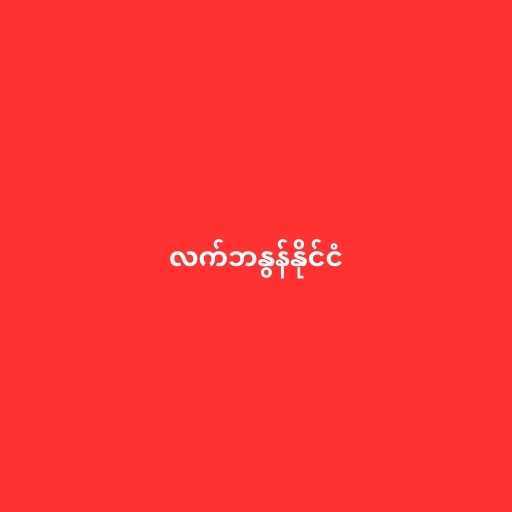
လက်ဘနွန်နိုင်ငံ